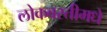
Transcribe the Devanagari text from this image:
लोकवस्तीमधे